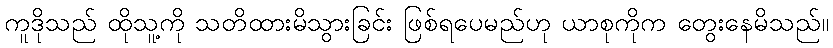
ကူဒိုသည် ထိုသူ့ကို သတိထားမိသွားခြင်း ဖြစ်ရပေမည်ဟု ယာစုကိုက တွေးနေမိသည်။